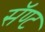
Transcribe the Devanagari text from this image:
सॅण्ट